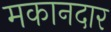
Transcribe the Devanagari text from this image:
मकानदार